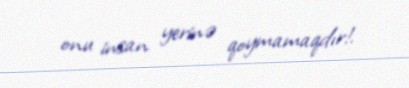
onu insan yerinə qoymamaqdır!.